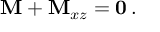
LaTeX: \mathbf { M } + \mathbf { M } _ { x z } = \mathbf { 0 } \, .